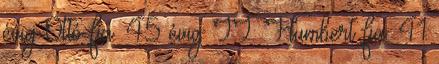
évig Ottó fia. 45 évig II. Humbert fia. 41